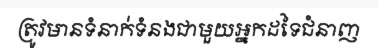
ត្រូវមានទំនាក់ទំនងជាមួយអ្នកដទៃជំនាញ